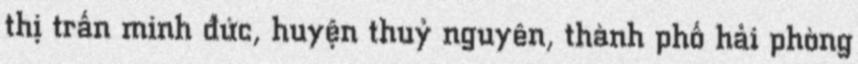
thị trấn minh đức, huyện thuỷ nguyên, thành phố hải phòng